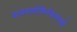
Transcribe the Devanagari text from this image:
डायक्लोफिनॅकसारखे